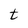
Character: t